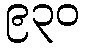
၉၃၀